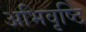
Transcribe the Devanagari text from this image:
अभिवृष्टि